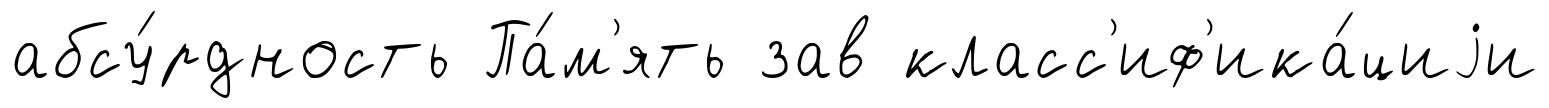
абсу́рдность Па́м'ять зав класс'иф'ика́циjи